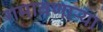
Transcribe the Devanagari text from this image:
गमावणाऱ्या